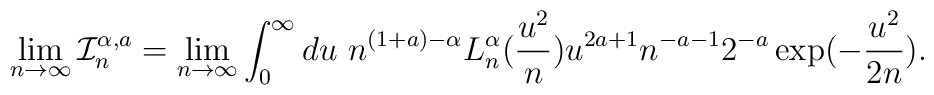
\lim_{n \to \infty} \mathcal{I}^{\alpha,a}_{n}=\lim_{n \to \infty} \int_{0}^{\infty}du \ n^{(1+a)-\alpha}  L_{n}^{\alpha}(\frac{u^2}{n}) u^{2a+1} n^{-a-1}2^{-a} \exp(-\frac{u^2}{2n}).